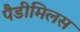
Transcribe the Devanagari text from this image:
पैडीमिलस